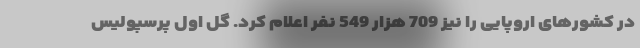
در کشورهای اروپایی را نیز 709 هزار 549 نفر اعلام کرد. گل اول پرسپولیس